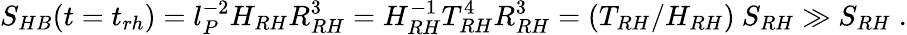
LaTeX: S_{HB}(t=t_{rh})=l_{P}^{-2}H_{RH}R_{RH}^{3}=H_{RH}^{-1}T_{RH}^{4}R_{RH}^{3}=(T_{RH}/H_{RH})~S_{RH}\gg S_{RH}\; .